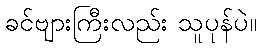
ခင်ဗျားကြီးလည်း သူပုန်ပဲ။